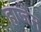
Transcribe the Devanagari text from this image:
हाजेन